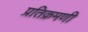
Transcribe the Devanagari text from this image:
प्रतिक्रमणी